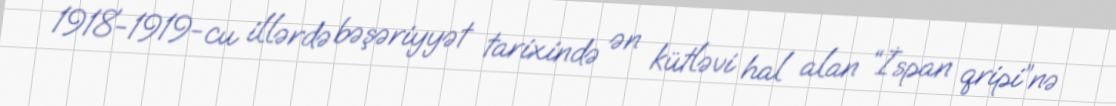
1918-1919-cu illərdə bəşəriyyət tarixində ən kütləvi hal alan “İspan qripi”nə